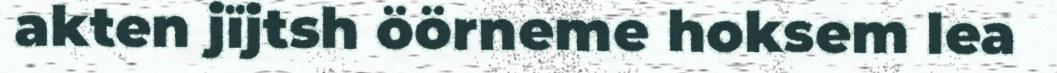
akten jïjtsh öörneme hoksem lea